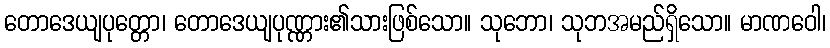
တောဒေယျပုတ္တော၊ တောဒေယျပုဏ္ဏား၏သားဖြစ်သော။ သုဘော၊ သုဘအမည်ရှိသော။ မာဏဝေါ၊